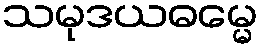
သမုဒယဓမ္မေ